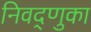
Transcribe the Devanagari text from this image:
निवद्णुका